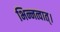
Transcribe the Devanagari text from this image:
भिन्नत्वात्।